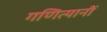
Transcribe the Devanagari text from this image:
गणित्यानीं